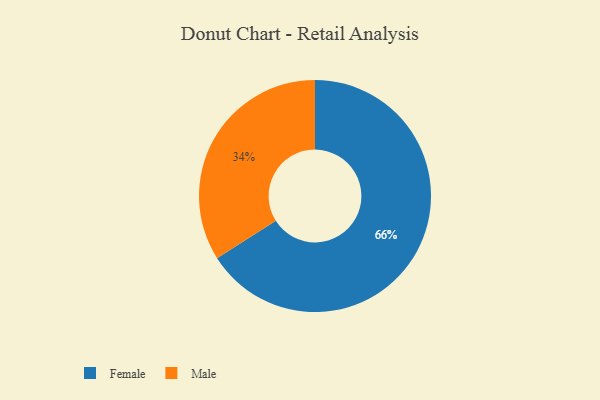
{"axis": {"x": "Category", "y": "Percentage"}, "legend": ["Female", "Male"], "data": [{"x": "Female", "y": 66, "type": "Female"}, {"x": "Male", "y": 34, "type": "Male"}]}